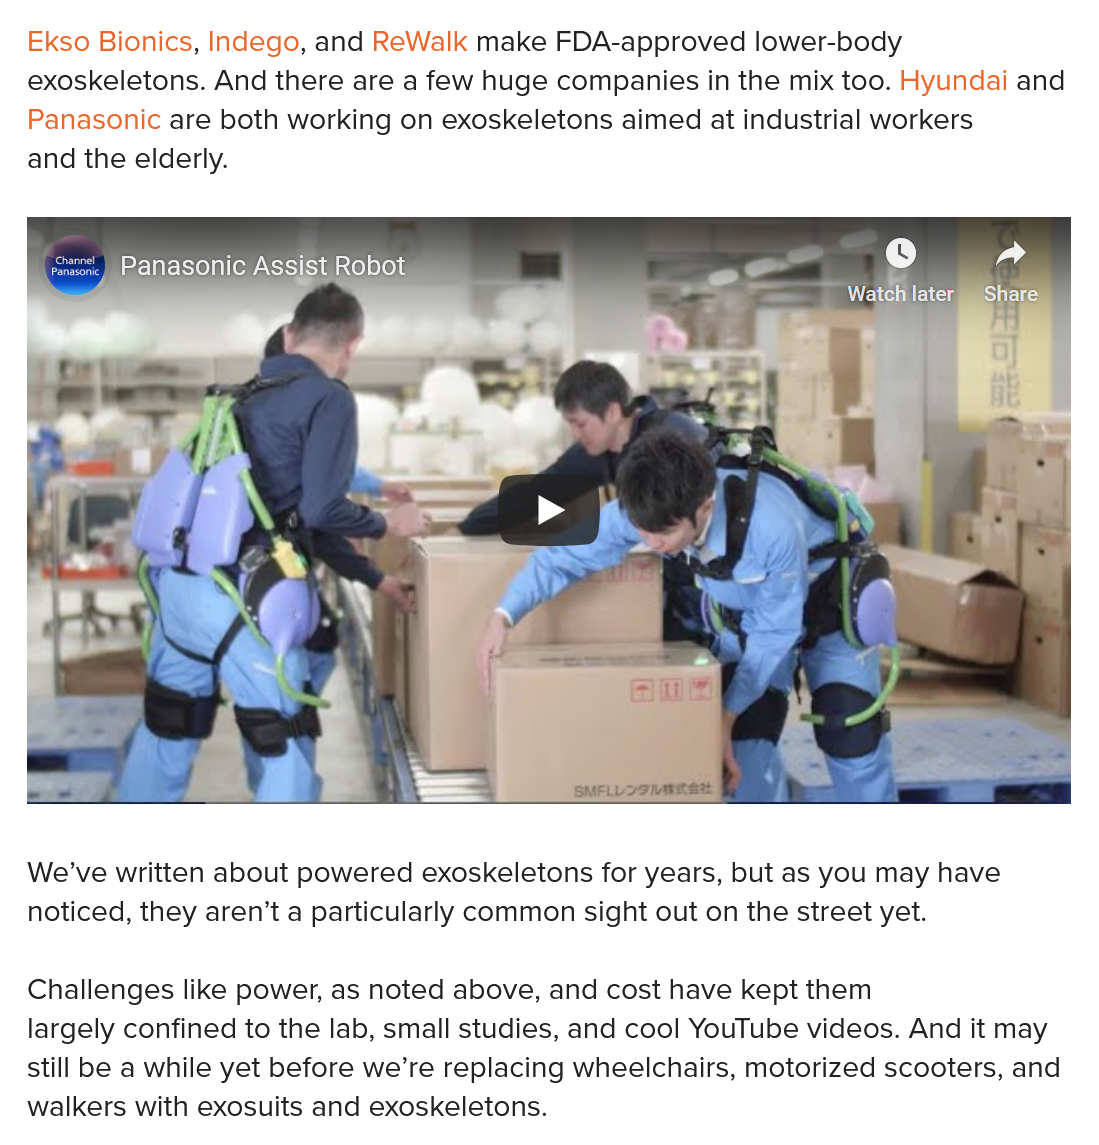
Ekso Bionics, Indego, and ReWalk make FDA-approved lower-body
  exoskeletons. And there are a few huge companies in the mix too. Hyundai and
  Panasonic are both working on exoskeletons aimed at industrial workers
  and the elderly.
  We’ve written about powered exoskeletons for years, but as you may have
  noticed, they aren’t a particularly common sight out on the street yet.
  Challenges like power, as noted above, and cost have kept them
  largely confined to the lab, small studies, and cool YouTube videos. And it may
  still be a while yet before we’re replacing wheelchairs, motorized scooters, and
  walkers with exosuits and exoskeletons.

    Creed
    Pied
     Panasonic Assist Robot
     MEN  iis ‘Share